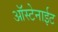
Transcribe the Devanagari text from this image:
ऑस्टेनाईट